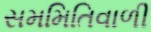
સમમિતિવાળી